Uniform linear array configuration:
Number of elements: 4
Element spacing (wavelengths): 0.25
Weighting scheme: cosine
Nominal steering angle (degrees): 45
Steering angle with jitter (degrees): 44.439
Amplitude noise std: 0.05
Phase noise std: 0.05

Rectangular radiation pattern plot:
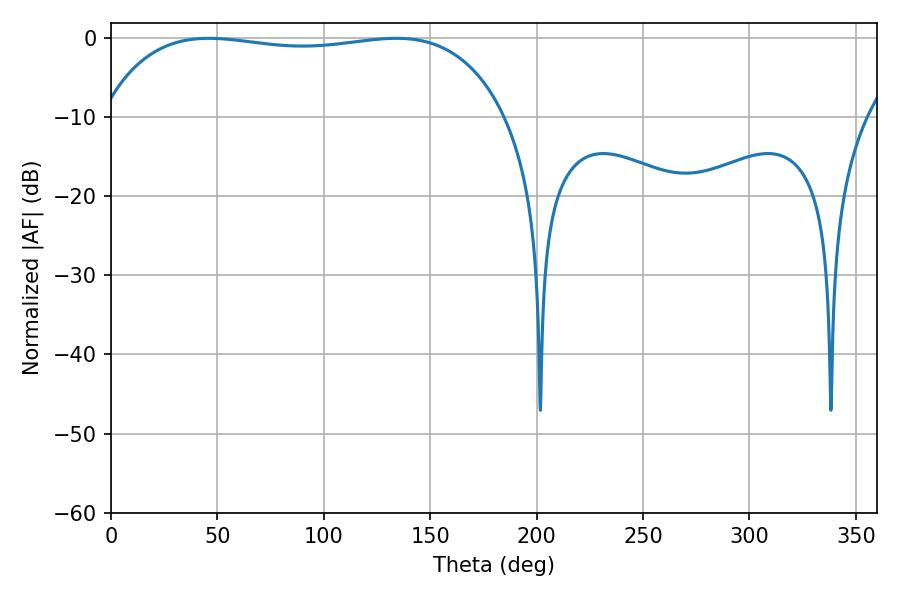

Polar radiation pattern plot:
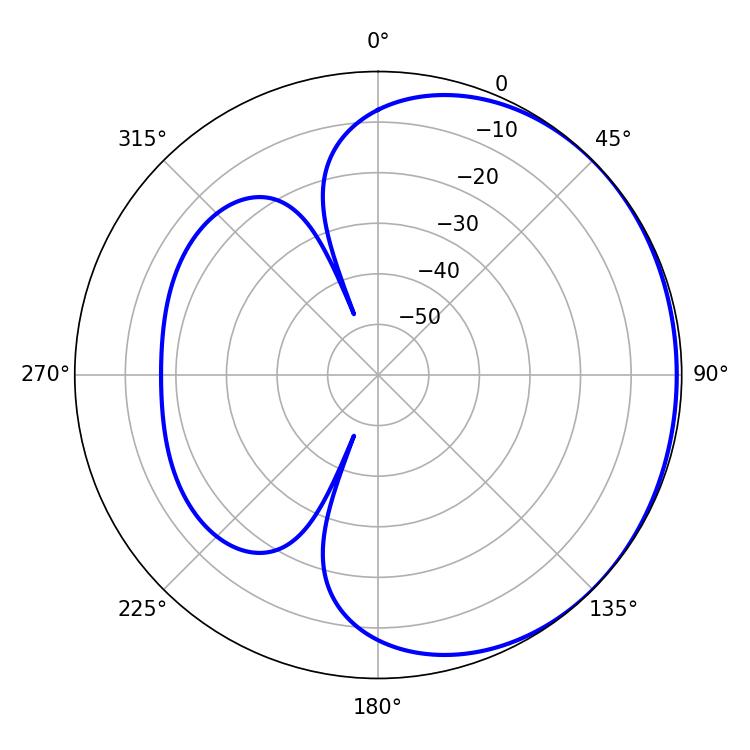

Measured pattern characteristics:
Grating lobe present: FALSE
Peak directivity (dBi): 0.7487
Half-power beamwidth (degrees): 152.28
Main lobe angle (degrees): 45.9